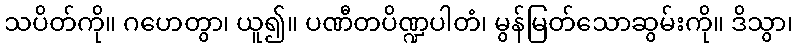
သပိတ်ကို။ ဂဟေတွာ၊ ယူ၍။ ပဏီတပိဏ္ဍပါတံ၊ မွန်မြတ်သောဆွမ်းကို။ ဒိသွာ၊